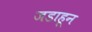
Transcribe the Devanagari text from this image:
जडाहून